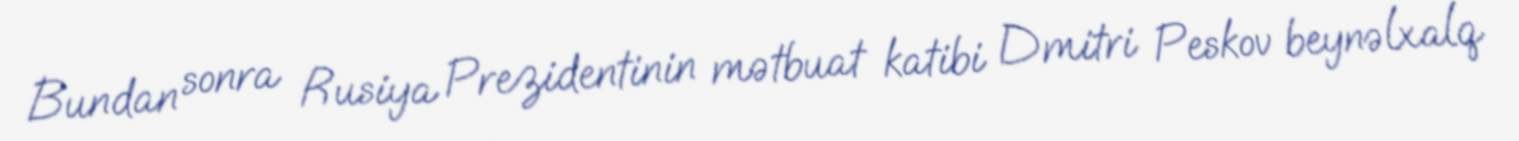
Bundan sonra Rusiya Prezidentinin mətbuat katibi Dmitri Peskov beynəlxalq